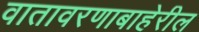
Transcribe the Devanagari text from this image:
वातावरणाबाहेरील